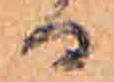
る